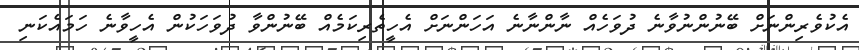
އެކުވެރިންނަށް ބޭނުންނުވާނެ ދުވަހެއް ނާންނާނެ އަހަންނަށް އެހީތެރިކަމެއް ބޭނުންވާ ދުވަހަކުން އެހީވާނެ ހަމައެކަނި